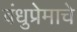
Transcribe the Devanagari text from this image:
बंधुप्रेमाचे